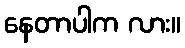
နေတာပါက လား။